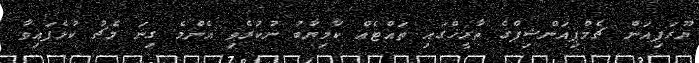
ޔޫރަޕިއަން ޗެމްޕިއަންޝިޕްގެ ތާރީޚްގައި ތައްޓެއް ކާމިޔާބު ނުކުރެވި އެންމެ ގިނަ މެޗު ކުޅެފައިވާ